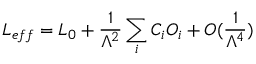
{ \cal L } _ { e f f } = { \cal L } _ { 0 } + \frac { 1 } { \Lambda ^ { 2 } } \sum _ { i } C _ { i } O _ { i } + { \cal O } ( \frac { 1 } { \Lambda ^ { 4 } } )